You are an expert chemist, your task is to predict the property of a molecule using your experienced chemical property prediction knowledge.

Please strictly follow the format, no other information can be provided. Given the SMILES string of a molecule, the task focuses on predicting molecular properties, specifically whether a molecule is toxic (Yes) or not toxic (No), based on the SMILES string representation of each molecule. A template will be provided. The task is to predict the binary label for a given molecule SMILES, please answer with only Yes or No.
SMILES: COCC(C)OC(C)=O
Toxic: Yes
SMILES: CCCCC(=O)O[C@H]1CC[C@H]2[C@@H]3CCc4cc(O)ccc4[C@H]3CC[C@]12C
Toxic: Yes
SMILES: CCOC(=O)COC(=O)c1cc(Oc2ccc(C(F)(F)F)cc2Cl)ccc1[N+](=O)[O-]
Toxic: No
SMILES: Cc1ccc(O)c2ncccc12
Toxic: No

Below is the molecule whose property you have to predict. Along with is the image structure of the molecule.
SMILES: Nc1cccc2c(N)cccc12
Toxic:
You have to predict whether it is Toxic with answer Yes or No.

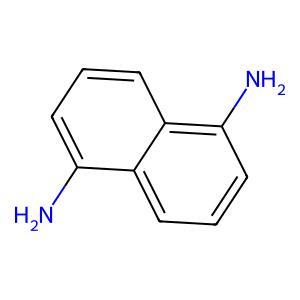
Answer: No